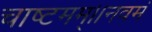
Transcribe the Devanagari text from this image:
चाष्टमम्।।नवमं